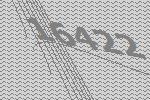
16422